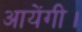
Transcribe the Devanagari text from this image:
आयेंगी।